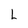
Character: L